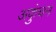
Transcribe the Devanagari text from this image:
अकुंचन